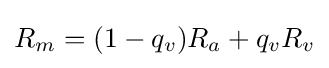
R_{m}=(1-q_{v})R_{a}+q_{v}R_{v}